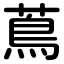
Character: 蔦